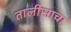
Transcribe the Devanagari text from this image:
तालीसाचा